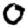
Digit: 0